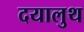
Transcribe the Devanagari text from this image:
दयालुथ